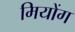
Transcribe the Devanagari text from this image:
मियोंग